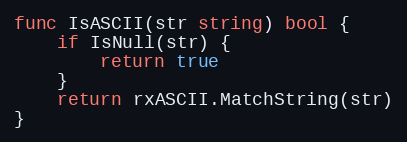
Language: Go
func IsASCII(str string) bool {
	if IsNull(str) {
		return true
	}
	return rxASCII.MatchString(str)
}